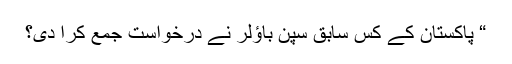
“ پاکستان کے کس سابق سپن باﺅلر نے درخواست جمع کرا دی؟